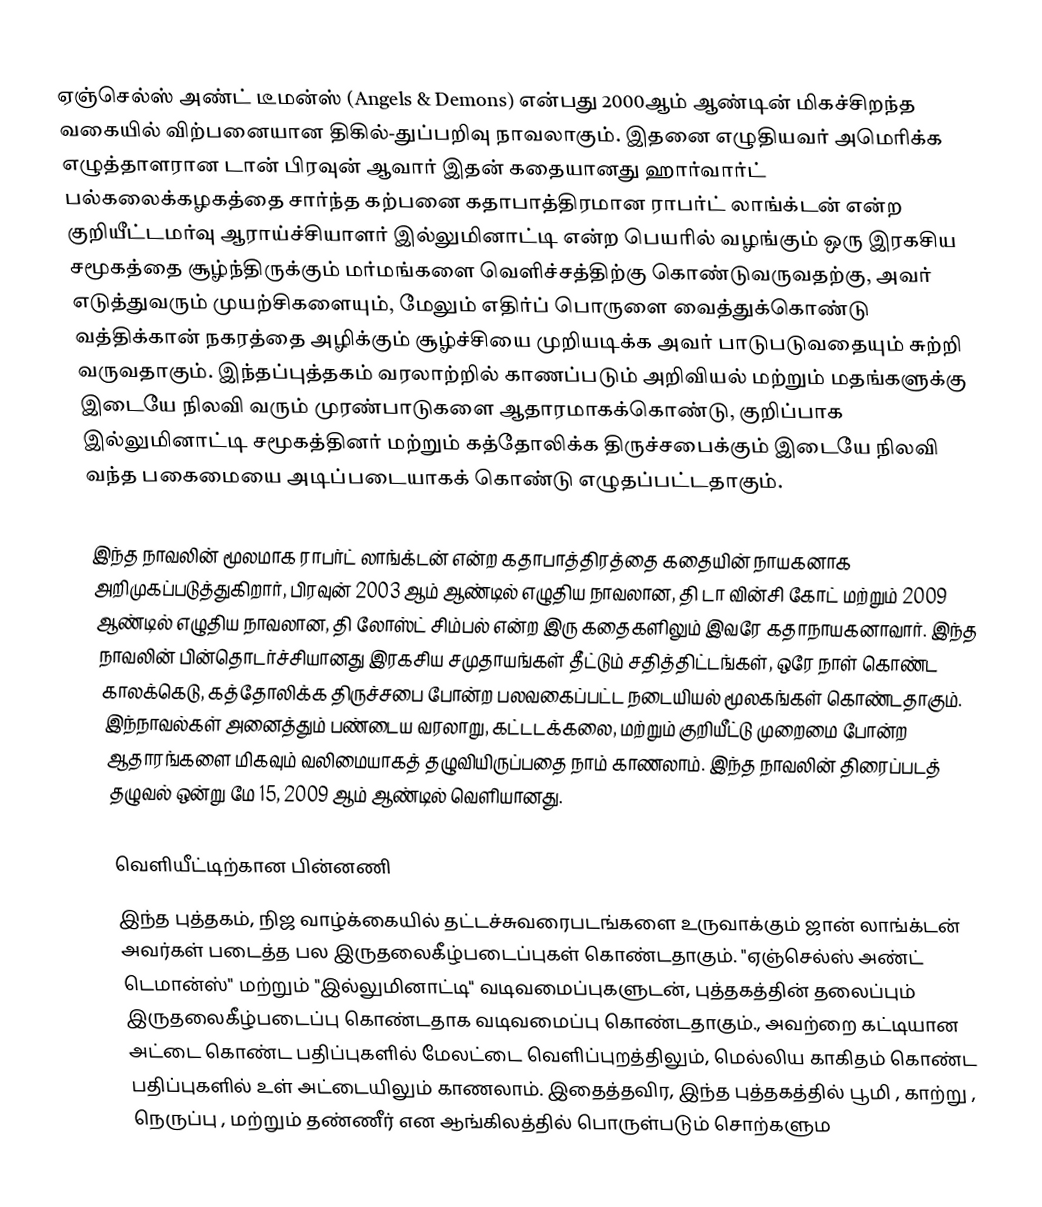
ஏஞ்செல்ஸ் அண்ட் டீமன்ஸ் (Angels & Demons) என்பது 2000ஆம் ஆண்டின் மிகச்சிறந்த வகையில் விற்பனையான திகில்-துப்பறிவு நாவலாகும். இதனை எழுதியவர் அமெரிக்க எழுத்தாளரான டான் பிரவுன் ஆவார் இதன் கதையானது ஹார்வார்ட் பல்கலைக்கழகத்தை சார்ந்த கற்பனை கதாபாத்திரமான ராபர்ட் லாங்க்டன் என்ற குறியீட்டமர்வு ஆராய்ச்சியாளர் இல்லுமினாட்டி என்ற பெயரில் வழங்கும் ஒரு இரகசிய சமூகத்தை சூழ்ந்திருக்கும் மர்மங்களை வெளிச்சத்திற்கு கொண்டுவருவதற்கு, அவர் எடுத்துவரும் முயற்சிகளையும், மேலும் எதிர்ப் பொருளை வைத்துக்கொண்டு வத்திக்கான் நகரத்தை அழிக்கும் சூழ்ச்சியை முறியடிக்க அவர் பாடுபடுவதையும் சுற்றி வருவதாகும். இந்தப்புத்தகம் வரலாற்றில் காணப்படும் அறிவியல் மற்றும் மதங்களுக்கு இடையே நிலவி வரும் முரண்பாடுகளை ஆதாரமாகக்கொண்டு, குறிப்பாக இல்லுமினாட்டி சமூகத்தினர் மற்றும் கத்தோலிக்க திருச்சபைக்கும் இடையே நிலவி வந்த பகைமையை அடிப்படையாகக் கொண்டு எழுதப்பட்டதாகும்.

இந்த நாவலின் மூலமாக ராபர்ட் லாங்க்டன் என்ற கதாபாத்திரத்தை கதையின் நாயகனாக அறிமுகப்படுத்துகிறார், பிரவுன் 2003 ஆம் ஆண்டில் எழுதிய நாவலான, தி டா வின்சி கோட் மற்றும் 2009 ஆண்டில் எழுதிய நாவலான, தி லோஸ்ட் சிம்பல் என்ற இரு கதைகளிலும் இவரே கதாநாயகனாவார். இந்த நாவலின் பின்தொடர்ச்சியானது இரகசிய சமுதாயங்கள் தீட்டும் சதித்திட்டங்கள், ஒரே நாள் கொண்ட காலக்கெடு, கத்தோலிக்க திருச்சபை போன்ற பலவகைப்பட்ட நடையியல் மூலகங்கள் கொண்டதாகும். இந்நாவல்கள் அனைத்தும் பண்டைய வரலாறு, கட்டடக்கலை, மற்றும் குறியீட்டு முறைமை போன்ற ஆதாரங்களை மிகவும் வலிமையாகத் தழுவியிருப்பதை நாம் காணலாம். இந்த நாவலின் திரைப்படத் தழுவல் ஒன்று மே 15, 2009 ஆம் ஆண்டில் வெளியானது.

வெளியீட்டிற்கான பின்னணி
இந்த புத்தகம், நிஜ வாழ்க்கையில் தட்டச்சுவரைபடங்களை உருவாக்கும் ஜான் லாங்க்டன் அவர்கள் படைத்த பல இருதலைகீழ்படைப்புகள் கொண்டதாகும். "ஏஞ்செல்ஸ் அண்ட் டெமான்ஸ்" மற்றும் "இல்லுமினாட்டி" வடிவமைப்புகளுடன், புத்தகத்தின் தலைப்பும் இருதலைகீழ்படைப்பு கொண்டதாக வடிவமைப்பு கொண்டதாகும்., அவற்றை கட்டியான அட்டை கொண்ட பதிப்புகளில் மேலட்டை வெளிப்புறத்திலும், மெல்லிய காகிதம் கொண்ட பதிப்புகளில் உள் அட்டையிலும் காணலாம். இதைத்தவிர, இந்த புத்தகத்தில் பூமி , காற்று , நெருப்பு , மற்றும் தண்ணீர் என ஆங்கிலத்தில் பொருள்படும் சொற்களும